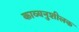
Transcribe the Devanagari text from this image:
काव्यनुशीलक